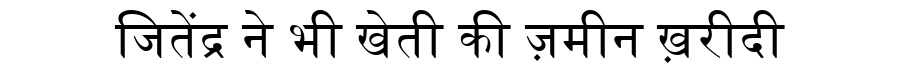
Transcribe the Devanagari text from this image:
जितेंद्र ने भी खेती की ज़मीन ख़रीदी